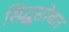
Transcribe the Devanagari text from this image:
सिद्धूसोबत